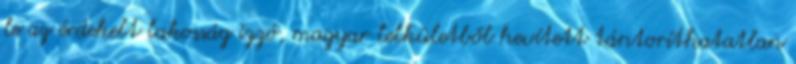
le az érdekelt lakosság izzó, magyar lelkületből hevített tántoríthatatlan